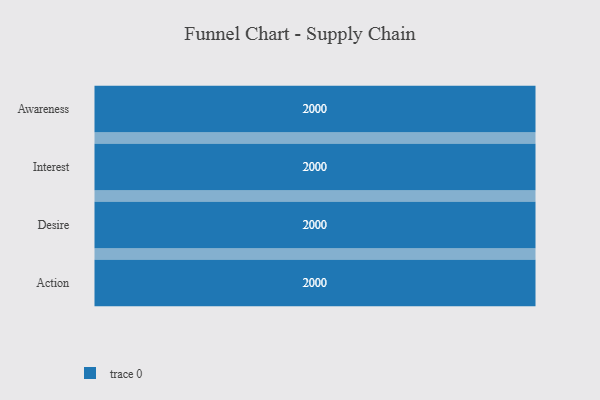
{"axis": {"x": "Stage", "y": "Value"}, "legend": [""], "data": [{"x": "Awareness", "y": 2000, "type": ""}, {"x": "Interest", "y": 2000, "type": ""}, {"x": "Desire", "y": 2000, "type": ""}, {"x": "Action", "y": 2000, "type": ""}]}